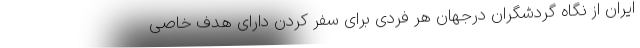
ایران از نگاه گردشگران درجهان هر فردی برای سفر کردن دارای هدف خاصی